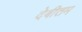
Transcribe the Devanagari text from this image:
देबीतम